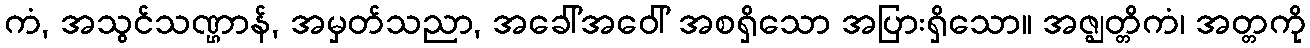
ကံ, အသွင်သဏ္ဌာန်, အမှတ်သညာ, အခေါ်အဝေါ် အစရှိသော အပြားရှိသော။ အဇ္ဈတ္တိကံ၊ အတ္တကို